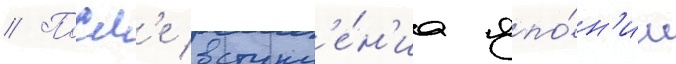
// Посл'е вступл'е́н'иа япо́н'ии